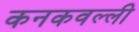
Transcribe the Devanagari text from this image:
कनकवल्ली